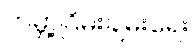
ကမ္ဘာ့ငြိမ်းချမ်းရေး